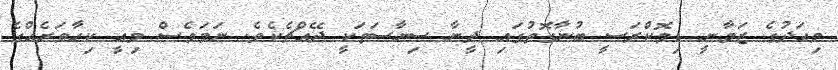
މިއަދުގެ ޒަމާނީ ޑިމޮކްރަސީ ބުނާގޮތުގައި ދީނާ ސިޔާސަތަކީ ދޭއްޗެކެވެ. ނަމަވެސް މިއީ ކިހާވަރެއްގެ